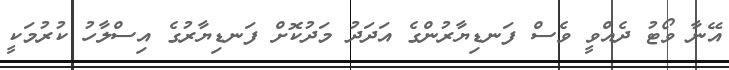
އޭނާ ވޯޓު ދެއްވީ ވެސް ފަނޑިޔާރުންގެ އަދަދު މަދުކޮށް ފަނޑިޔާރުގެ އިސްލާހު ކުރުމަކީ